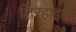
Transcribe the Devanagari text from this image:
तिर्‍हाइत